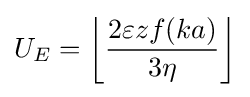
U_{E}=\left\lfloor {\frac {2\varepsilon zf(ka)}{3\eta }}\right\rfloor